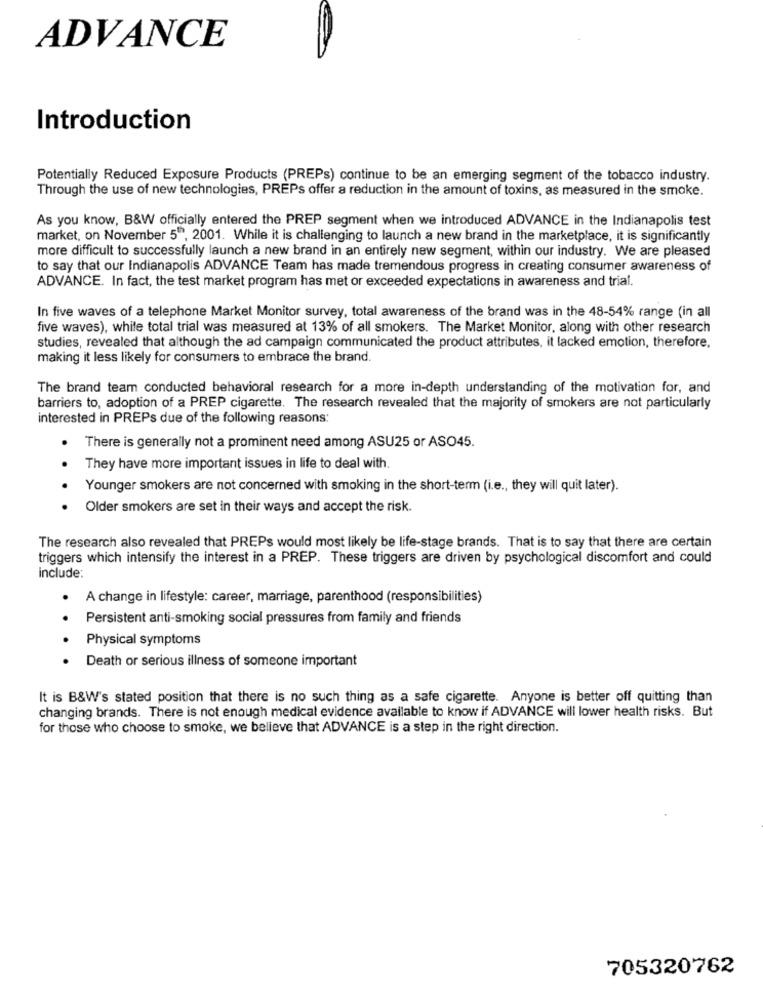
ADVANCE
Introduction
Potentially Reduced Exposure Products (PREPs) continue to be an emerging segment of the tobacco industry.
Through the use of new technologies, PREPs offer a reduction in the amount of toxins, as measured in the smoke.
As you know, B&W officially entered the PREP segment when we introduced ADVANCE in the Indianapolis test
market, on November 5", 2001. While it is challenging to launch a new brand in the marketplace, it is significantly
more difficult to successfully launch a new brand in an entirely new segment, within our industry. We are pleased
to say that our Indianapolis ADVANCE Team has made tremendous progress in creating consumer awareness of
ADVANCE. In fact, the test market program has met or exceeded expectations in awareness and trial.
In five waves of a telephone Market Monitor survey, total awareness of the brand was in the 48-54% range (in all
five waves), while total trial was measured at 13% of all smokers. The Market Monitor, along with other research
studies, revealed that although the ad campaign communicated the product attributes, it lacked emotion, therefore,
making it less likely for consumers to embrace the brand.
The brand team conducted behavioral research for a more in-depth understanding of the motivation for, and
barriers to, adoption of a PREP cigarette. The research revealed that the majority of smokers are not particularly
interested in PREPs due of the following reasons:
.
There is generally not a prominent need among ASU25 or ASO45.
They have more important issues in life to deal with.
Younger smokers are not concerned with smoking in the short-term (i.e ., they will quit later).
. Older smokers are set in their ways and accept the risk.
The research also revealed that PREPs would most likely be life-stage brands. That is to say that there are certain
triggers which intensify the interest in a PREP. These triggers are driven by psychological discomfort and could
include:
· A change in lifestyle: career, marriage, parenthood (responsibilities)
Persistent anti-smoking social pressures from family and friends
.
Physical symptoms
Death or serious illness of someone important
It is B&W's stated position that there is no such thing as a safe cigarette. Anyone is better off quitting than
changing brands. There is not enough medical evidence available to know if ADVANCE will lower health risks. But
for those who choose to smoke, we believe that ADVANCE is a step in the right direction.
705320762